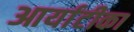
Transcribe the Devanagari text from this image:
आर्याटीका